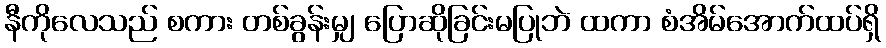
နီကိုလေသည် စကား တစ်ခွန်းမျှ ပြောဆိုခြင်းမပြုဘဲ ထကာ စံအိမ်အောက်ထပ်ရှိ